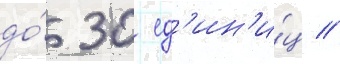
до́ 30 ед'ин'и́ц //